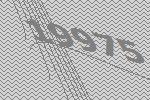
19975